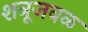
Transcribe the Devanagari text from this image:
शत्रूजवळ